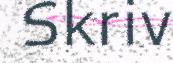
Skriv